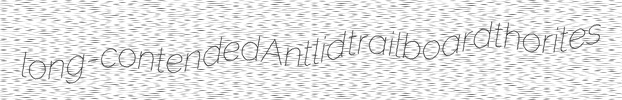
long-contended Antlid trailboard thorites